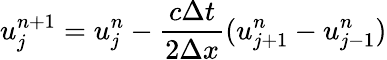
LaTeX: u_{j}^{n+1}=u_{j}^{n}-\frac{c\Delta t}{2\Delta x}(u_{j+1}^{n}-u_{j-1}^{n})